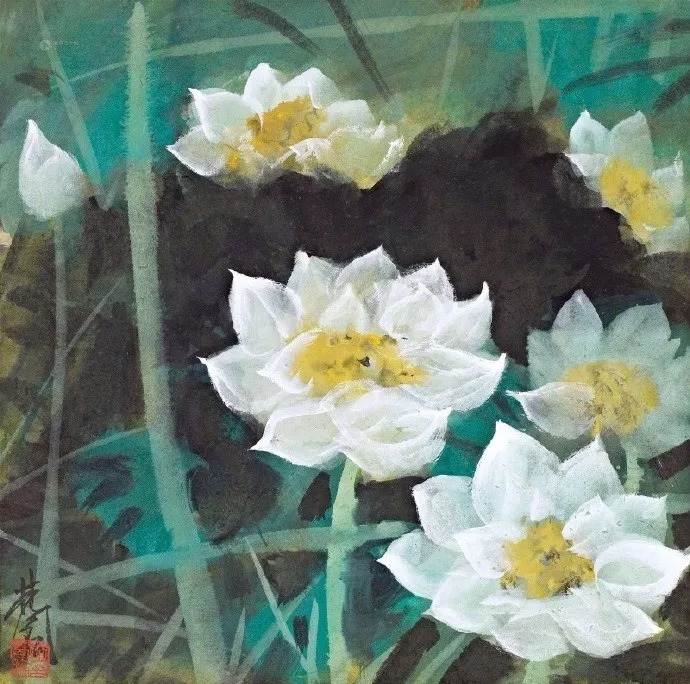
一夜雨声凉到梦，万荷叶上送秋来。